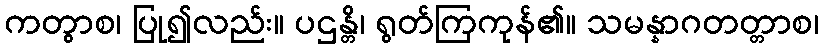
ကတွာစ၊ ပြု၍လည်း။ ပဌန္တိ၊ ရွတ်ကြကုန်၏။ သမန္နာဂတတ္တာစ၊